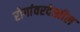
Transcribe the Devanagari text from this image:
रोगांवरदेखील